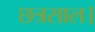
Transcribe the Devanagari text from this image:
छत्रसाल।